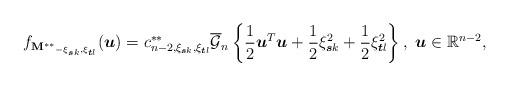
LaTeX: \begin{align*}f_{\mathbf{M^{\ast\ast}}_{-\xi_{\boldsymbol{s}k},\xi_{\boldsymbol{t}l}}}(\boldsymbol{u})=c_{n-2,\xi_{\boldsymbol{s}k},\xi_{\boldsymbol{t}l}}^{\ast\ast}\overline{\mathcal{G}}_{n}\left\{\frac{1}{2}\boldsymbol{u}^{T}\boldsymbol{u}+\frac{1}{2}\xi_{\boldsymbol{s}k}^{2}+\frac{1}{2}\xi_{\boldsymbol{t}l}^{2}\right\},~\boldsymbol{u}\in \mathbb{R}^{n-2},\end{align*}